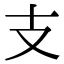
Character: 支